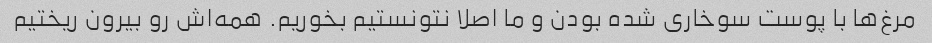
مرغ‌ها با پوست سوخاری شده بودن و ما اصلا نتونستیم بخوریم. همه‌اش رو بیرون ریختیم